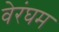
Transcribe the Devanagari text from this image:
वेरंघम